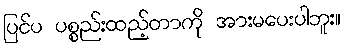
ပြင်ပ ပစ္စည်းထည့်တာကို အားမပေးပါဘူး။